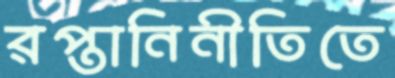
রপ্তানিনীতিতে